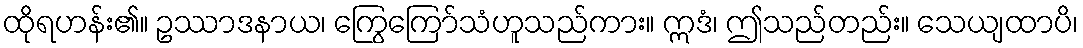
ထိုရဟန်း၏။ ဥဿာဒနာယ၊ ကြွေကြော်သံဟူသည်ကား။ ဣဒံ၊ ဤသည်တည်း။ သေယျထာပိ၊